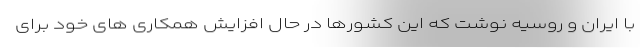
با ایران و روسیه نوشت که این کشورها در حال افزایش همکاری های خود برای